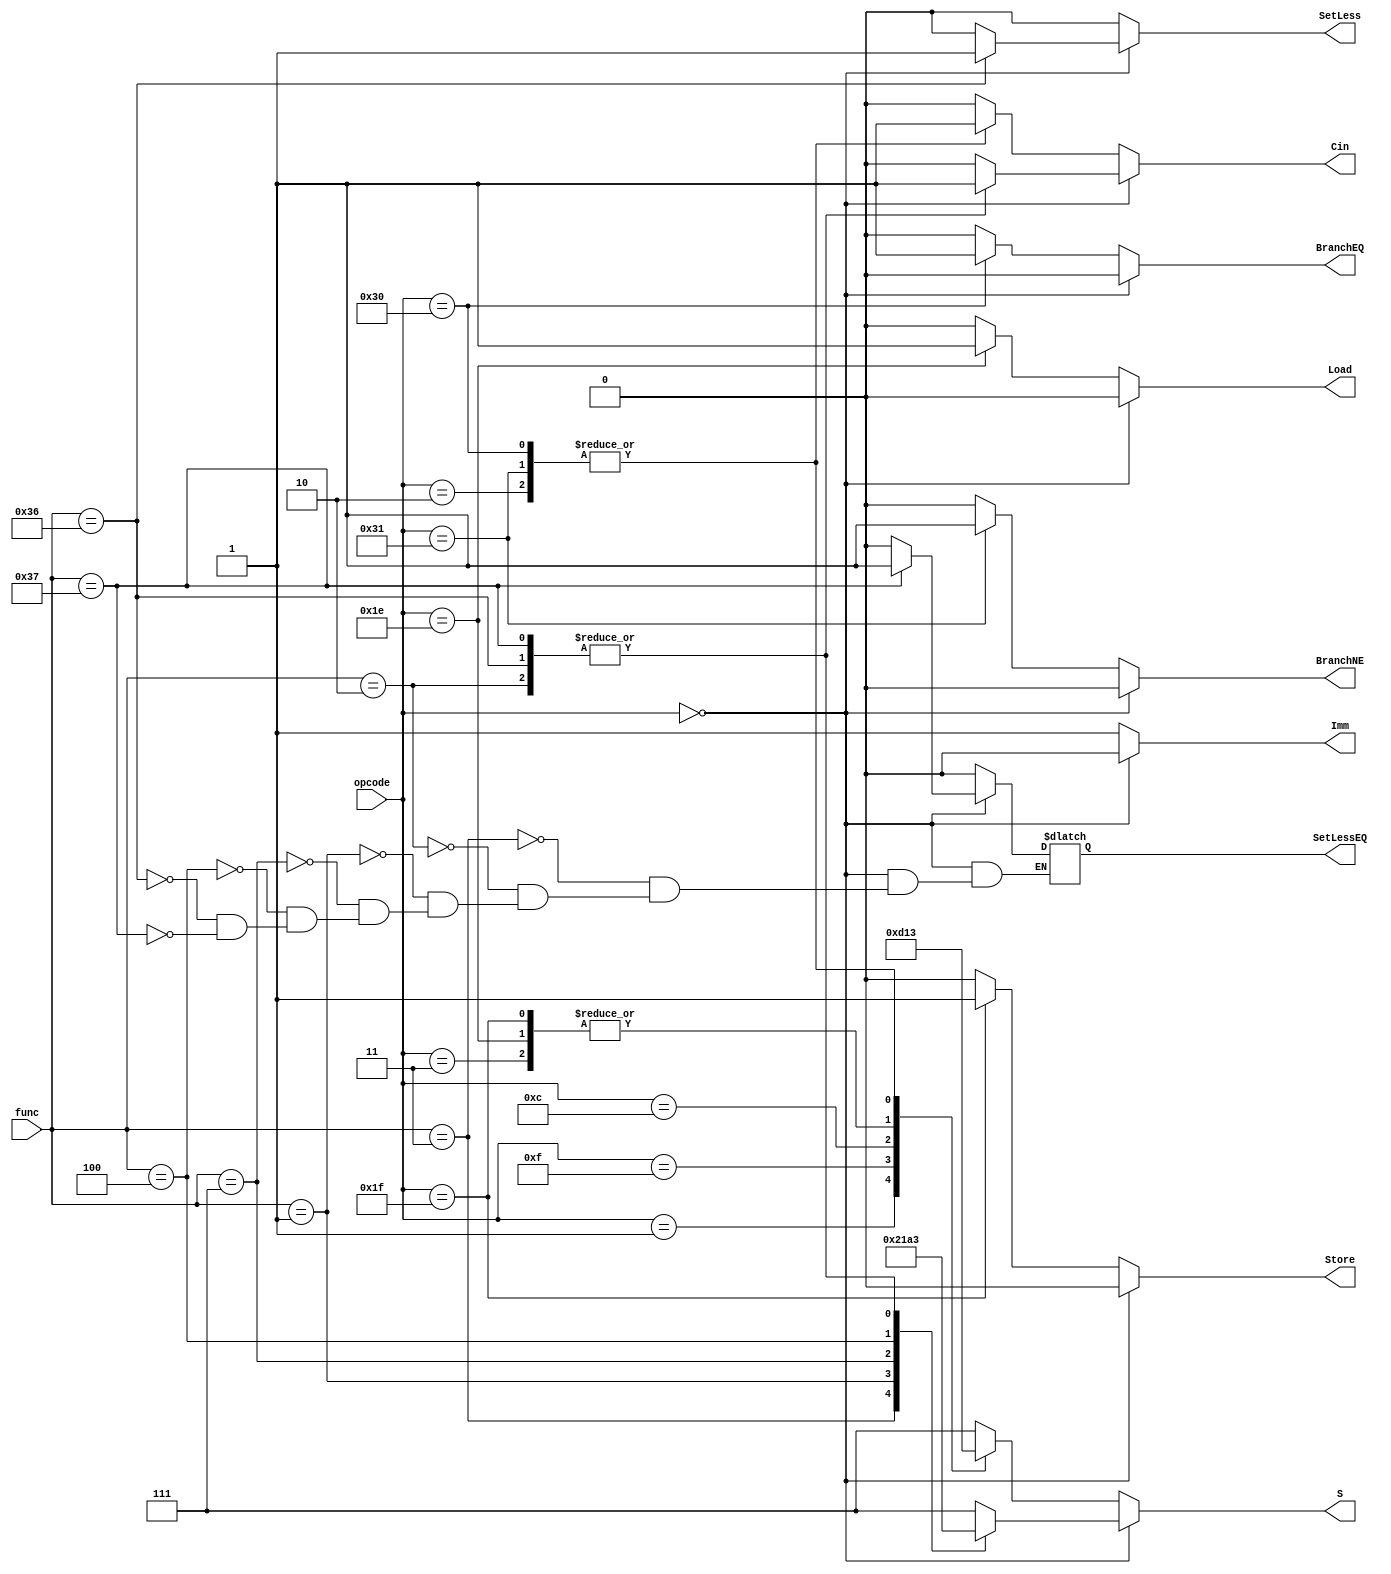
`timescale 1ns / 1ps

//Controller for the whole cpu, takes in both opcode and funct code 
module op_decoder(
    input [5:0] opcode, func,
    output reg [2:0] S,
    output reg Imm, Cin, Load, Store, BranchEQ, BranchNE, SetLess, SetLessEQ
    );
    
    always @ (opcode, func) begin 
        // R Types, Op is 0 and check func 
        if (opcode == 6'b000000) begin 
            Imm = 1'b0;
            Load = 1'b0;
            Store = 1'b0;
            BranchEQ = 1'b0;
            BranchNE = 1'b0;
            case (func) 
                //ADD
                6'b000011: begin 
                    S = 3'b010; 
                    Cin = 1'b0; 
                    SetLess = 1'b0; 
                    SetLessEQ = 1'b0; 
                end
                //SUB
                6'b000010: begin 
                    S = 3'b011; 
                    Cin = 1'b1; 
                    SetLess = 1'b0;
                    SetLessEQ = 1'b0;
                end
                //XOR
                6'b000001: begin 
                    S = 3'b000; 
                    Cin = 1'b0; 
                    SetLess = 1'b0;
                    SetLessEQ = 1'b0;
                end
                //AND
                6'b000111: begin 
                    S = 3'b110; 
                    Cin = 1'b0; 
                    SetLess = 1'b0;
                    SetLessEQ = 1'b0;
                end
                //OR
                6'b000100: begin 
                    S = 3'b100; 
                    Cin = 1'b0; 
                    SetLess = 1'b0;
                    SetLessEQ = 1'b0;
                end
                //SLT 
                6'b110110: begin 
                    S = 3'b011; 
                    Cin = 1'b1; 
                    SetLess = 1'b1;
                    SetLessEQ = 1'b0;
                end
                //SLE
                6'b110111: begin 
                    S = 3'b011; 
                    Cin = 1'b1;
                    SetLess = 1'b0;
                    SetLessEQ = 1'b1;
                end
                //111 has no function on the ALU 
                default: begin 
                    S = 3'b111; 
                    Cin = 1'b0;
                    SetLess = 1'b0;
                    SetLess = 1'b0; 
                end
            endcase
        end
        else begin
            Imm = 1'b1;
            SetLess = 1'b0;
            SetLessEQ = 1'b0;
            case(opcode) 
                //ADDI
                6'b000011: begin 
                    S = 3'b010;
                    Cin = 1'b0;
                    Load = 1'b0;
                    Store = 1'b0;
                    BranchEQ = 1'b0;
                    BranchNE = 1'b0;
                end
                //SUBI
                6'b000010: begin
                    S = 3'b011;
                    Cin = 1'b1;
                    Load = 1'b0;
                    Store = 1'b0;
                    BranchEQ = 1'b0;
                    BranchNE = 1'b0;
                end
                //XORI
                6'b000001: begin
                    S = 3'b000;
                    Cin = 1'b0;
                    Load = 1'b0;
                    Store = 1'b0;
                    BranchEQ = 1'b0;
                    BranchNE = 1'b0;
                end 
                //ANDI
                6'b001111: begin
                    S = 3'b110;
                    Cin = 1'b0;
                    Load = 1'b0;
                    Store = 1'b0;
                    BranchEQ = 1'b0;
                    BranchNE = 1'b0;
                end 
                //ORI 
                6'b001100: begin
                    S = 3'b100;
                    Cin = 1'b0;
                    Load = 1'b0;
                    Store = 1'b0;
                    BranchEQ = 1'b0;
                    BranchNE = 1'b0;
                end
                //LW
                6'b011110: begin 
                    S = 3'b010; 
                    Cin = 1'b0;
                    Load = 1'b1; 
                    Store = 1'b0;
                    BranchEQ = 1'b0;
                    BranchNE = 1'b0;
                end
                //SW
                6'b011111: begin
                    S = 3'b010; 
                    Cin = 1'b0;
                    Load = 1'b0; 
                    Store = 1'b1;
                    BranchEQ = 1'b0;
                    BranchNE = 1'b0;
                end 
                //BEQ
                6'b110000: begin
                    S = 3'b011;
                    Cin = 1'b1;
                    Load = 1'b0;
                    Store = 1'b0;
                    BranchEQ = 1'b1;
                    BranchNE = 1'b0;
                end
                //BNE
                6'b110001: begin
                    S = 3'b011;
                    Cin = 1'b1;
                    Load = 1'b0;
                    Store = 1'b0;
                    BranchEQ = 1'b0;
                    BranchNE = 1'b1;
                end
                default: begin
                    S = 3'b111;
                    Cin = 1'b0;
                    Load = 1'b0;
                    Store = 1'b0;
                    BranchEQ = 1'b0;
                    BranchNE = 1'b0;
                end
            endcase 
        end
    end
endmodule